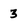
Character: 3